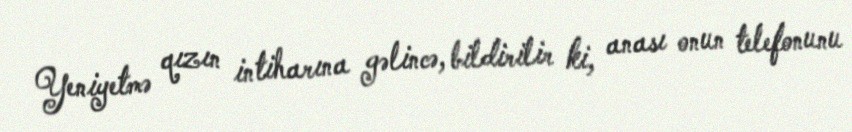
Yeniyetmə qızın intiharına gəlincə, bildirilir ki, anası onun telefonunu